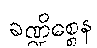
ခဏ္ဍိစ္စေန